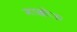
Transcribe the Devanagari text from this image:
गाक्कोऊ